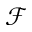
\mathcal { F }